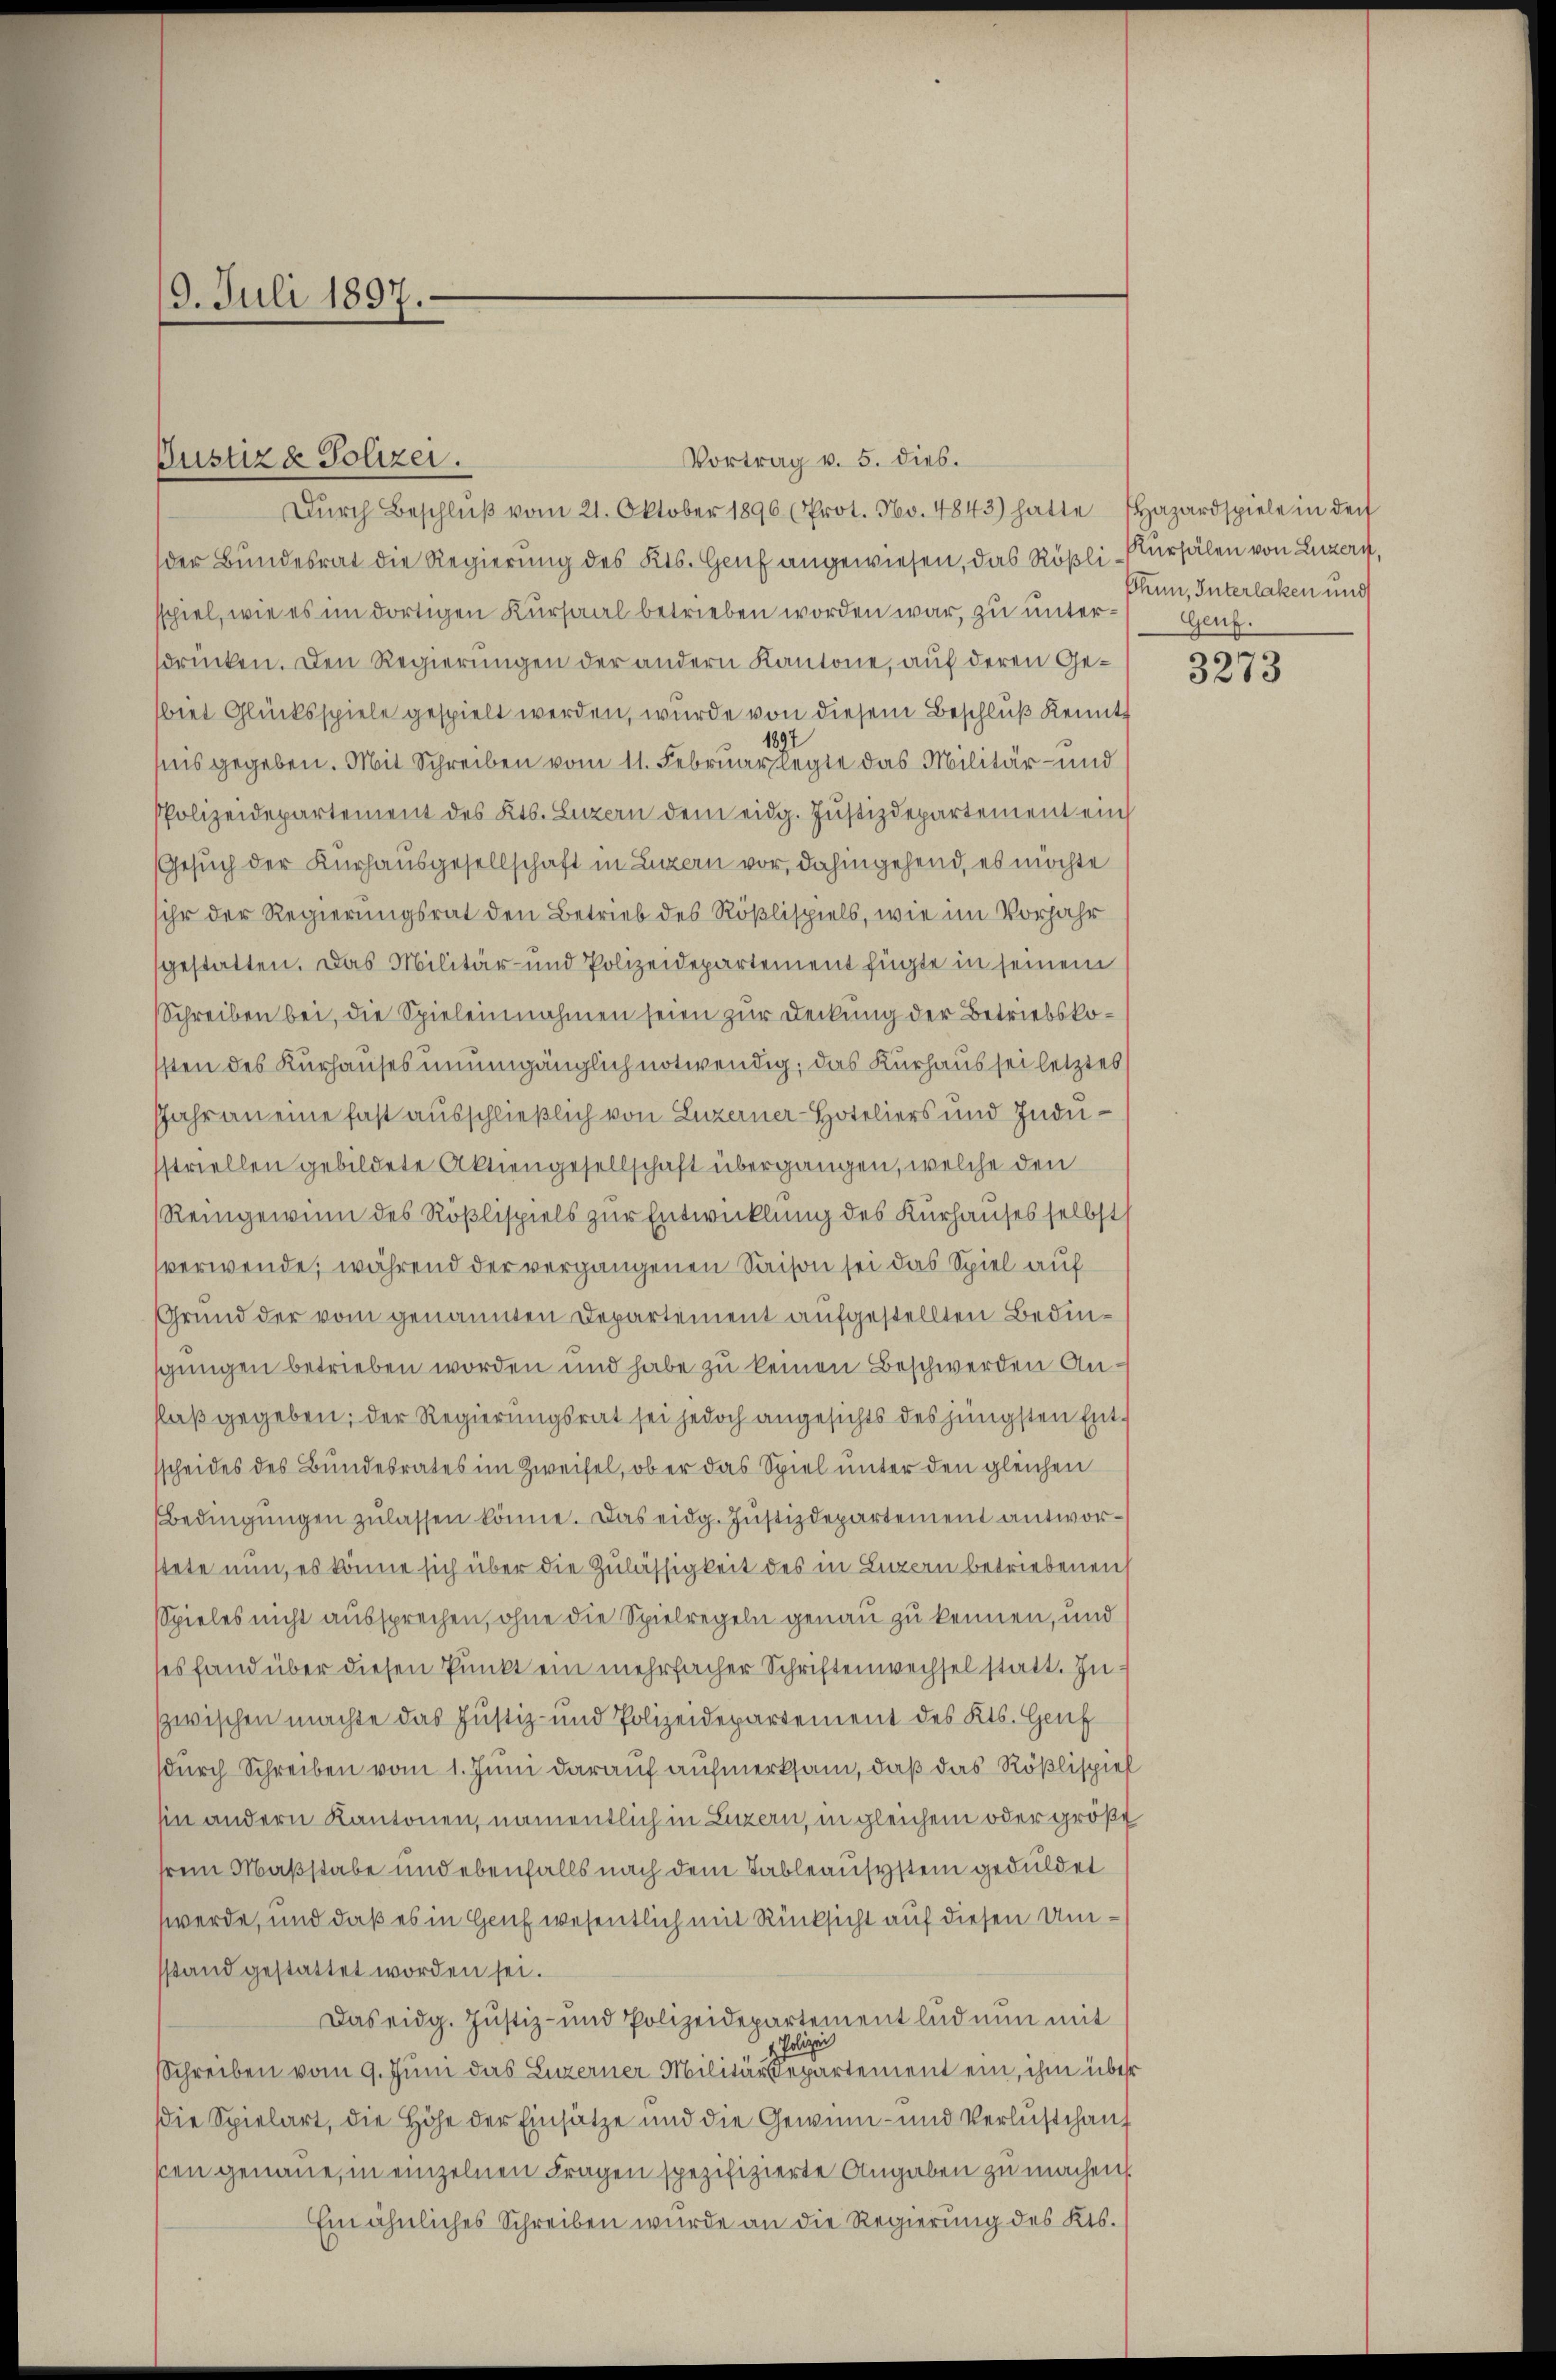
9. Juli 1897.

der Bundesrat die Regierung des Kts. Genf angewiesen, das Rößli-Kursälen von Luzern,
spiel, wie es im dortigen Kursaal betrieben worden war, zu unter- Genf.
sdrücken. Den Regierungen der andern Kantone, auf deren Gebiet Glücksspiele gespielt werden, wurde von diesem Beschlŭβ Kennt
1897
fnis gegeben. Mit Schreiben vom 11. Februar legte das Militär- und
PPolizeidepartement des Kts. Luzern dem eidg. Jŭstizdepartement ein
Gesuch der Kurhausgesellschaft in Luzern vor, dahingehend, es möchte
sihr der Regierungsrat den Betrieb des Rößlispiels, wie im Vorjahr
gestatten. Das Militär- und Polizeidepartement fügte in seinem
Schreiben bei, die Spieleinnahmen seien zur Deckung der Betriebskosten des Kurhauses unumgänglich notwendig, das Kurhaus sei letztes
Jahr an eine fast ausschließlich von Luzerner-Hoteliers und Indusstriellen gebildete Aktiengesellschaft übergangen, welche den
Reingewinn des Rößlispiels zur Entwicklung des Kurhauses selbst
verwende, während der vergangenen Saison sei das Spiel auf
Grund der vom genannten Departement aufgestellten Bedinschungen betrieben worden und habe zu keinen Beschwerden Anfluß gegeben; der Regierungsrat sei jedoch angesichts des jüngsten Entsscheides des Bundesrates im Zweifel, ob er das Spiel unter den gleichen
Bedingŭngen zŭlassen könne. Das eidg. Justizdepartement antworstete nun, es könne sich über die Zulässigkeit des in Luzern betriebenen
Spieles nicht aussprechen, ohne die Spielregeln genau zu kennen, und
ses fand über diesen Punkt ein mehrfacher Schriftenwechsel statt. Inzwischen machte das Justiz- und Polizeidepartement des Kts. Genf
sdurch Schreiben vom 1. Juni darauf aufmerksam, daß das Rößlispiel
hin andern Kantonen, namentlich in Luzern, in gleichem oder größe
hrem Maßstabe und ebenfalls nach dem Tableausystem geduldet
werde, und daß es in Genf wesentlich mit Rücksicht auf diesen Umsstand gestattet worden sei.
Das eidg. Jŭstiz- und Polizeidepartement lud nun mit
olizei
Schreiben vom 9. Juni das Luzerner Militärdepartement ein, ihm über
die Spielart, die Höhe der Einsätze und die Gewinn- und Verlustchauf
sen genaue, in einzelnen Fragen spezifizierte Angaben zu machen.
Ein ähnliches Schreiben wurde an die Regierung des Kts.

Justiz & Polizei.

Vortrag v. 5. dies.
Dŭrch Beschlŭβ vom 21. Oktober 1896 (Prot. No. 4843) hatte (Hazardspiele in der

Thun, Interlaken und
.

3210